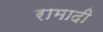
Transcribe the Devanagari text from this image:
रामादी